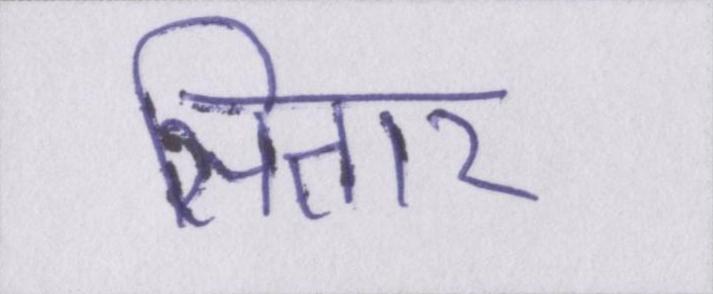
सितार